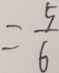
= \frac { 5 } { 6 }